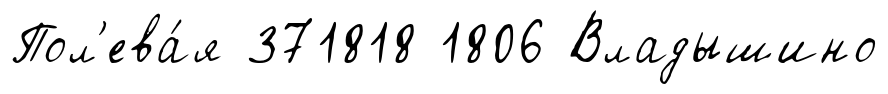
Пол'ева́я 371818 1806 Владышино